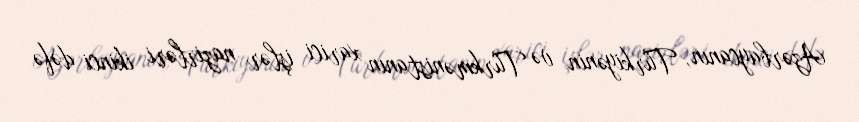
Azərbaycanın, Türkiyənin və Türkmənistanın xarici işlər nazirləri ikinci dəfə